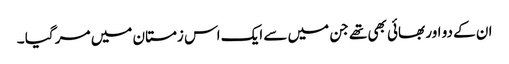
ان کے دو اور بھائی بھی تھے جن میں سے ایک اس زمستان میں مر گیا ۔